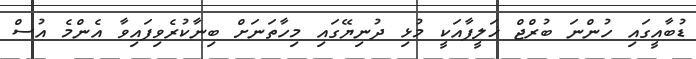
ޑުބާއީގައި ހުންނަ ބުރްޖް ޚަލީފާއަކީ މުޅި ދުނިޔޭގައި މިހާތަނަށް ބިނާކުރެވިފައިވާ އެންމެ އުސް